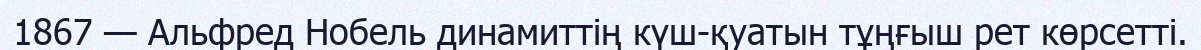
1867 — Альфред Нобель динамиттiң күш-қуатын тұңғыш рет көрсеттi.